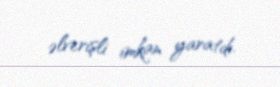
əlverişli imkan yaratdı.